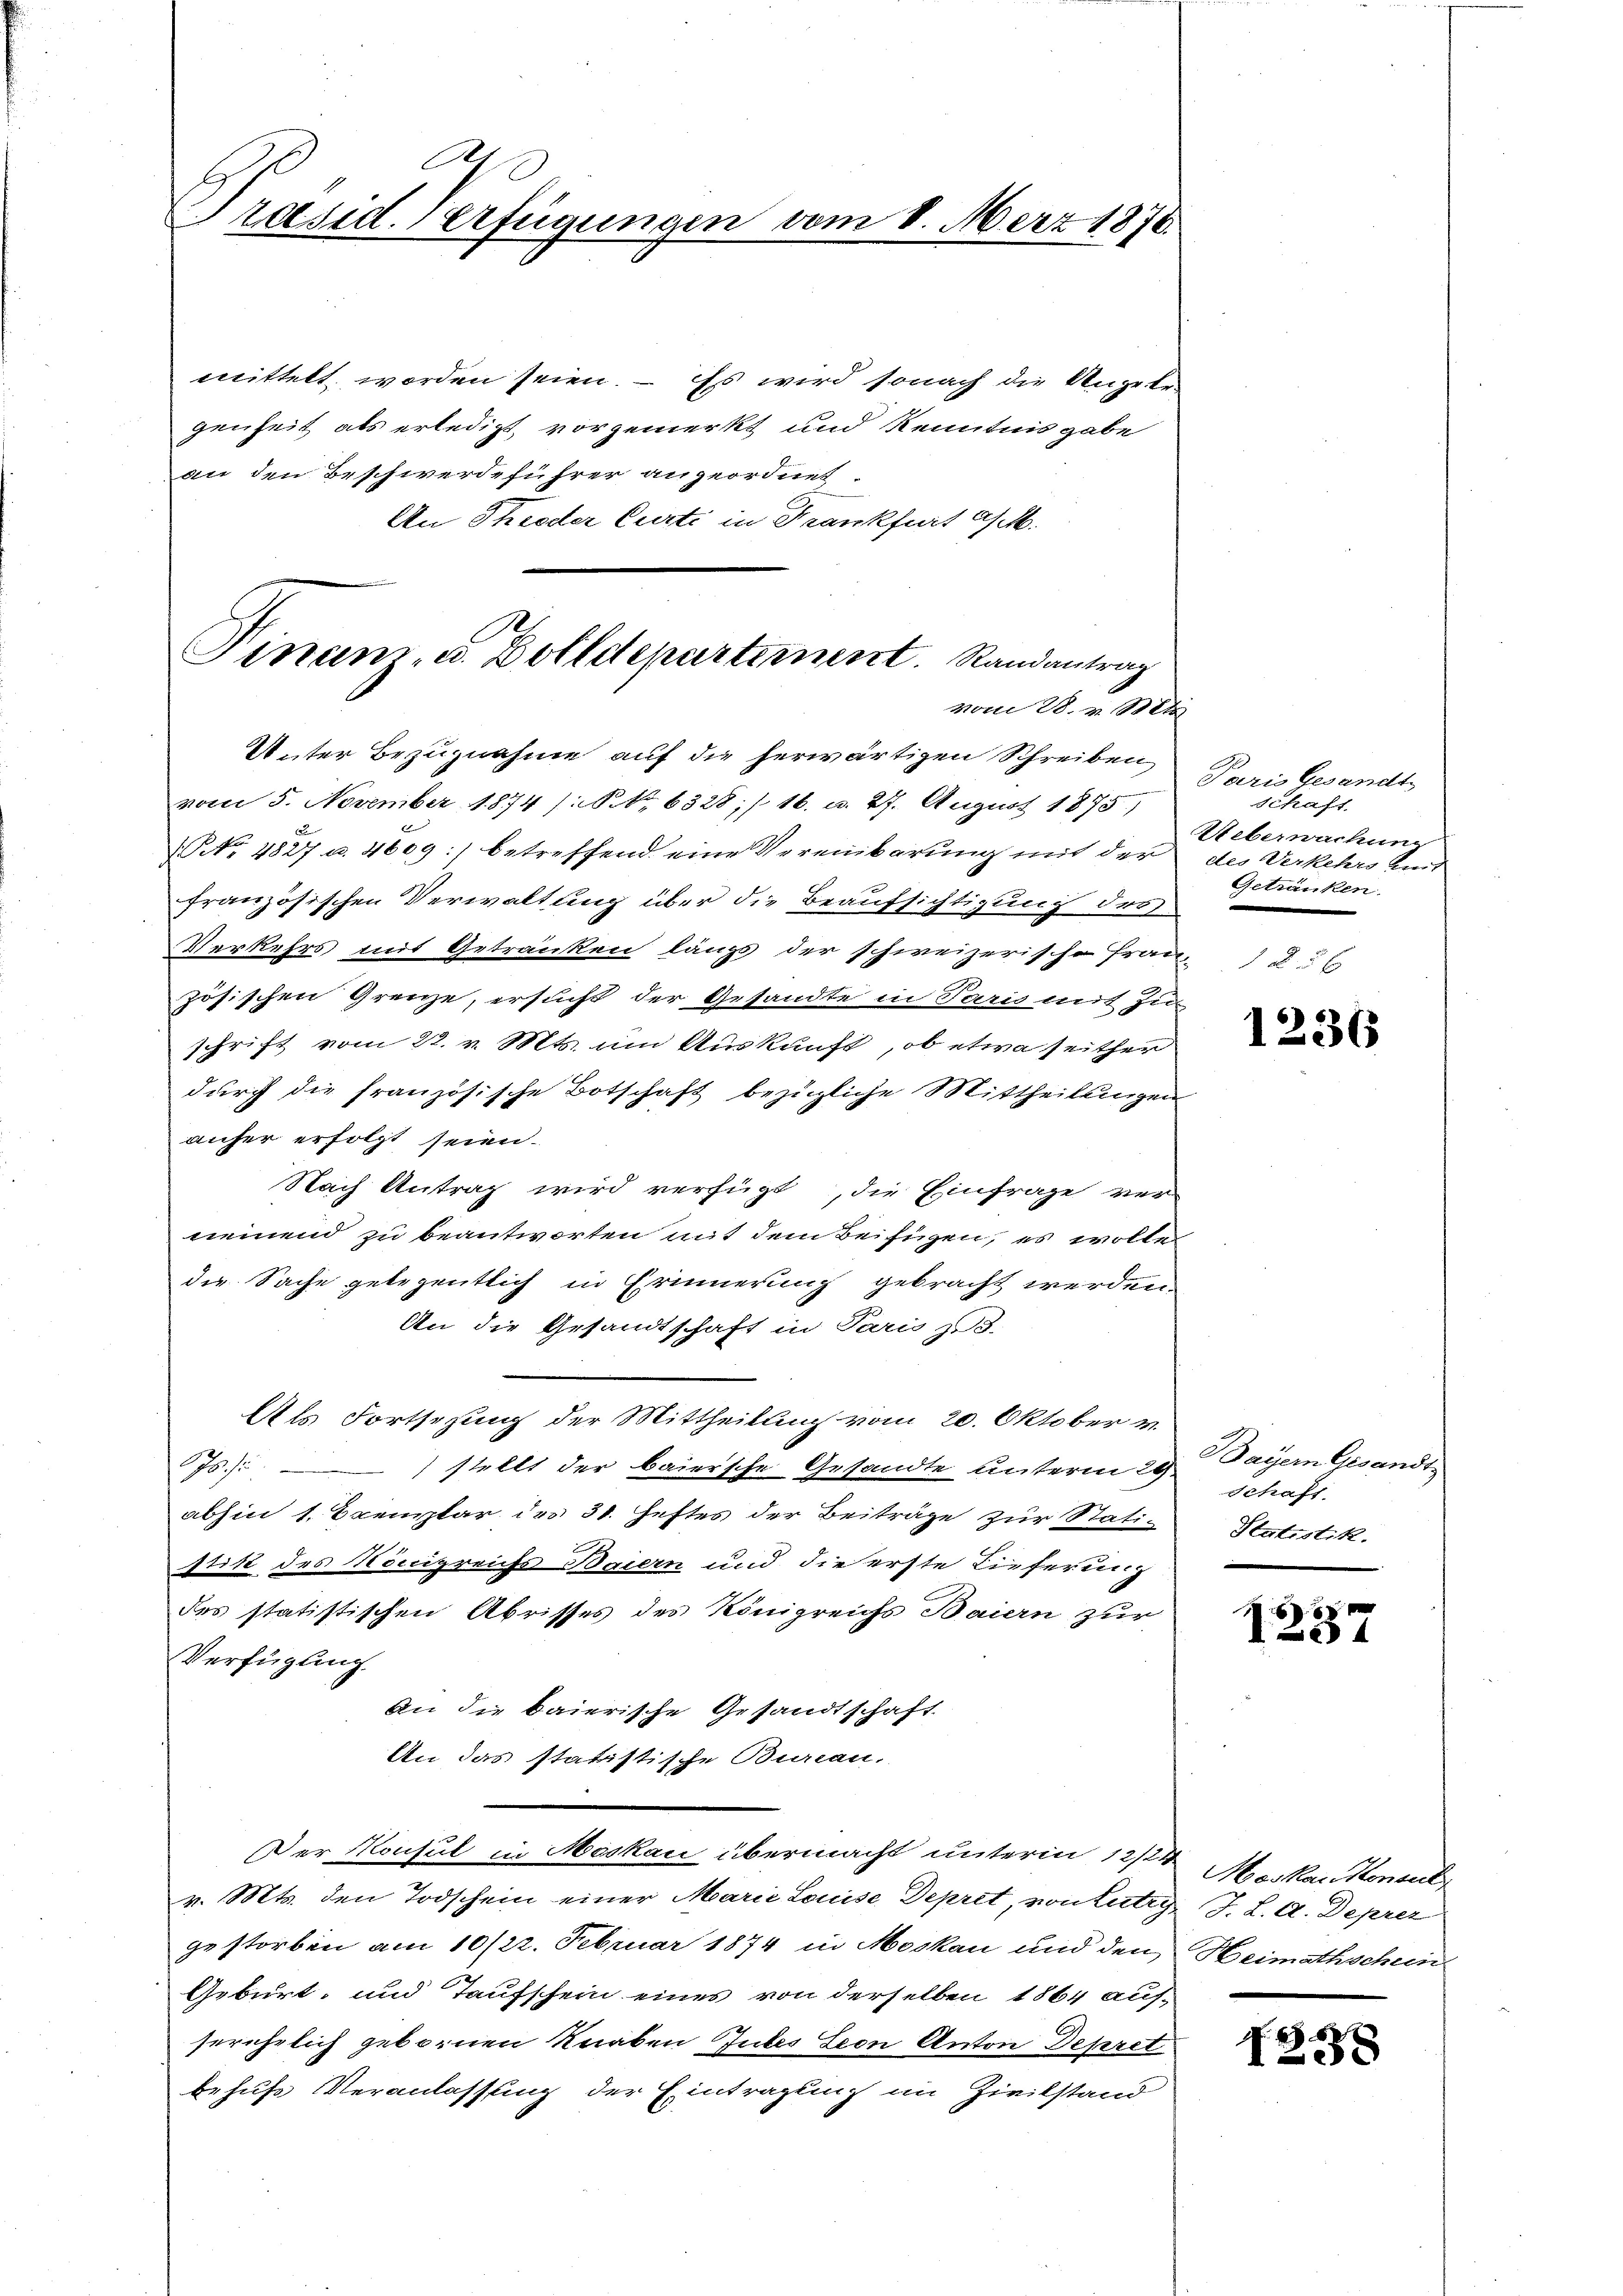
A
Präsid. Verfügungen vom

8. Merz 1870

mittelt worden seien. – Es wird sonach die Angelan
genheit als erledigt vorgemerkt und Kenntnis gabe
an den Beschwerdeführer angeordnet.
An Theeder Curti in Frankfurt Gs M.

Sinam, u. Dolldepartement. Randantrag
vom 28. v. 184

Unter Bezugnahme auf die herwärtigen Schreiben,
vom 5. November 1874 /: No 6328;/ 16. u. 27. August 1875)
NNo. 4827 u. 4609:) betreffend eine Vereinbarung mit der
französischen Verwaltung über die Beaufsichtigung dess
Verkehrs mit Getränken längs der schweizerische Frau-
zösischen Grenze, ersucht der Gesandte in Paris mit Zu
schrift vom 22. v. Mts. um Auskunft, ob etwa seither
durch die französische Botschaft bezügliche Mittheilungen
anher erfolgt seien.
Nach Antrag wird verfügt, die Einfrage ver-
neinend zu beantworten mit dem Beifügen, es wolle
die Sache gelegentlich in Erinnerung gebracht werden.
An die Gesandtschaft in Paris d.
Als Fortsezung der Mittheilung vom 20. Oktober v.
75) stellt der baiersche Gesandte unterm 29.
abhin 1 Exemplar des 31. Heftes der Beiträge zur Stati-
Stitt des Höccigreichs Baiern und die erste Lieferung
des statistischen Abrisses des Königreichs Baiern zur
Verfügung
An die baierische Gesandtschaft
An das statistische Bureau,
Der Konsul in Moskau übermacht unterm 12/2 Maikar Konsul
v. Mts. den Todschein einer Marie Louise Depret, von Lutry, J. L. A. Deprer
gestorben am 10/22. Februar 1874 in Moskau und den Heimathschein
Geburt, und Taufschein eines von derselben 1864 auf-
serehelich gebornen Knaben Gutes Seon Anton Depret
behufs Veranlassung der Eintragung im Zivilstand

Paris Gesandt
schaft.
Ueberwachung
des Verkehrs ums
Getränken

1236

Bayern Gesandt
schaft.
Statistik.

6
1204

1258